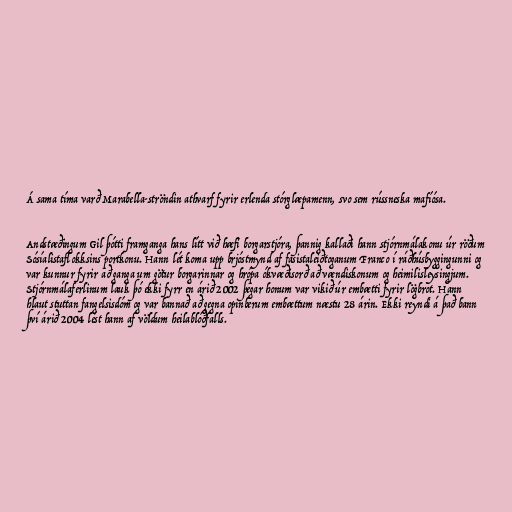
Á sama tíma varð Marabella-ströndin athvarf fyrir erlenda stórglæpamenn, svo sem rússneska mafíósa.

Andstæðingum Gil þótti framganga hans lítt við hæfi borgarstjóra, þannig kallaði hann stjórnmálakonu úr röðum
Sósíalistaflokksins portkonu. Hann lét koma upp brjóstmynd af fasistaleiðtoganum Franco í ráðhúsbyggingunni og
var kunnur fyrir að ganga um götur borgarinnar og hrópa ókvæðisorð að vændiskonum og heimilisleysingjum.
Stjórnmálaferlinum lauk þó ekki fyrr en árið 2002 þegar honum var vikið úr embætti fyrir lögbrot. Hann
hlaut stuttan fangelsisdóm og var bannað að gegna opinberum embættum næstu 28 árin. Ekki reyndi á það bann
því árið 2004 lést hann af völdum heilablóðfalls.